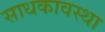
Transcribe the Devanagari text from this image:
साधकावस्था